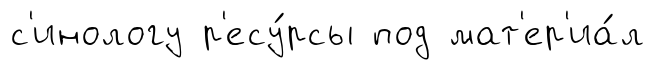
с'инологу р'есу́рсы под мат'ер'иа́л